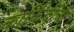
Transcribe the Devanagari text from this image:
कार्किर्दीची